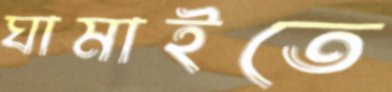
ঘামাইতে